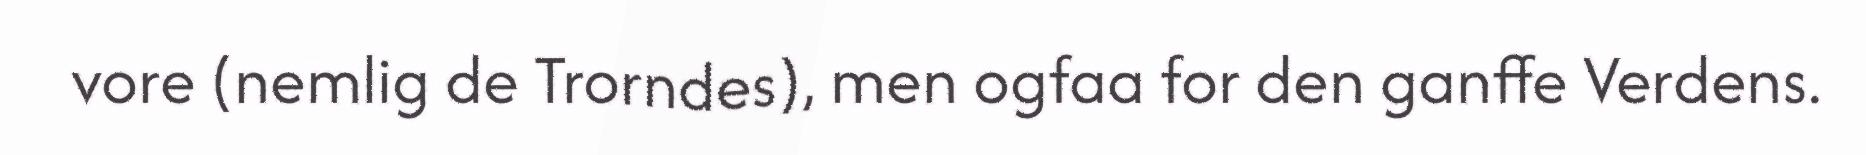
vore (nemlig de Trorndes), men ogfaa for den ganffe Verdens.